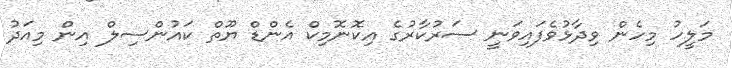
މަލީހު މިހެން ވިދާޅުވެފައިވަނީ ސަރުކާރުގެ އިކޮނޮމިކް އެންޑް ޔޫތް ކައުންސިލް އިން މިއަދު